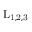
\mathrm { L _ { 1 , 2 , 3 } }